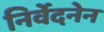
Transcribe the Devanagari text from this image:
निर्वेदनेन